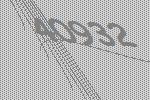
40932